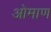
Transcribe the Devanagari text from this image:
ओमाण